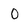
Character: 0